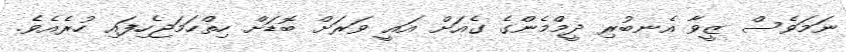
ނަމަވެސް ޒީވާ އެނބުރި ދީމްމެންގެ ގެއަށް އައީ ވަރަށް ބޮޑަށް ހިތްހަމަޖެހިފައި ހުރެއެވެ.